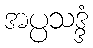
အပ္ပသဒ္ဒံ